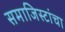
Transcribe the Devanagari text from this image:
समाजिस्टांचा